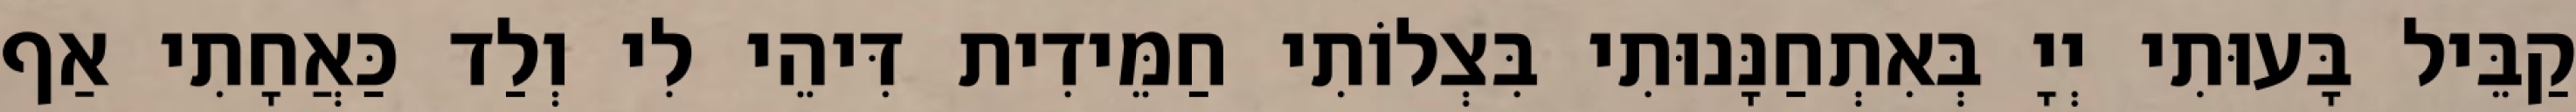
קַבֵּיל בָּעוּתִי יְיָ בְּאִתְחַנָּנוּתִי בִּצְלוֹתִי חַמֵּידִית דִּיהֵי לִי וְלַד כַּאֲחָתִי אַף